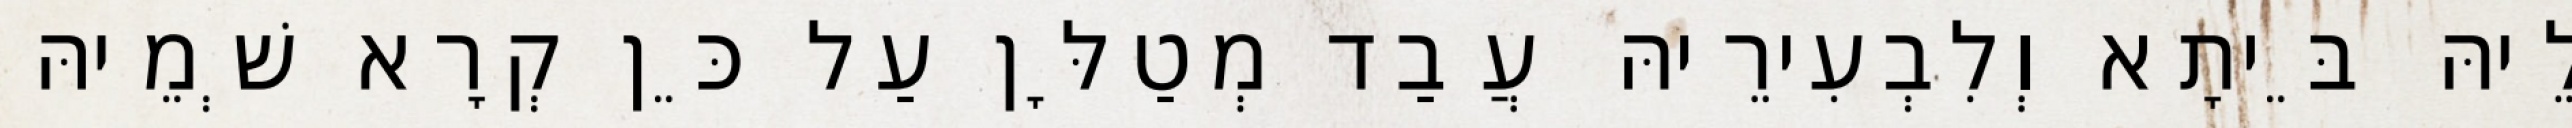
לֵיהּ בֵּיתָא וְלִבְעִירֵיהּ עֲבַד מְטַלָּן עַל כֵּן קְרָא שְׁמֵיהּ